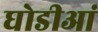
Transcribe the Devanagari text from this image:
घोडीआं